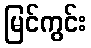
မြင်ကွင်း